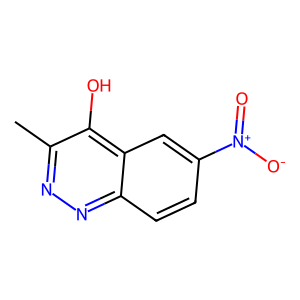
SMILES: Cc1nnc2ccc([N+](=O)[O-])cc2c1O
Inhibits HIV replication: No